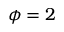
\phi = 2